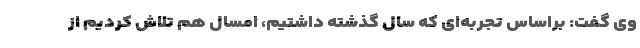
وی گفت: براساس تجربه‌ای که سال گذشته داشتیم، امسال هم تلاش کردیم از